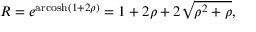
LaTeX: R = e ^ { \operatorname { a r c o s h } ( 1 + 2 \rho ) } = 1 + 2 \rho + 2 { \sqrt { \rho ^ { 2 } + \rho } } ,